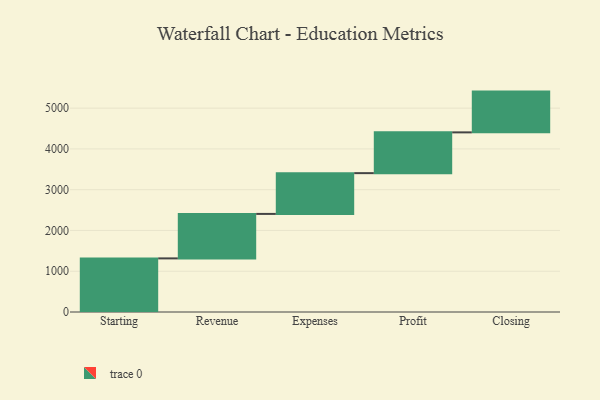
{"axis": {"x": "Step", "y": "Value"}, "legend": [""], "data": [{"x": "Starting", "y": 1315.0, "type": ""}, {"x": "Revenue", "y": 1091.0, "type": ""}, {"x": "Expenses", "y": 1000, "type": ""}, {"x": "Profit", "y": 1000, "type": ""}, {"x": "Closing", "y": 1000, "type": ""}]}